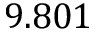
9 . 8 0 1